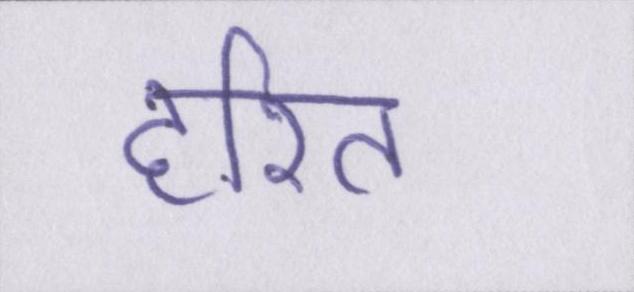
हरित